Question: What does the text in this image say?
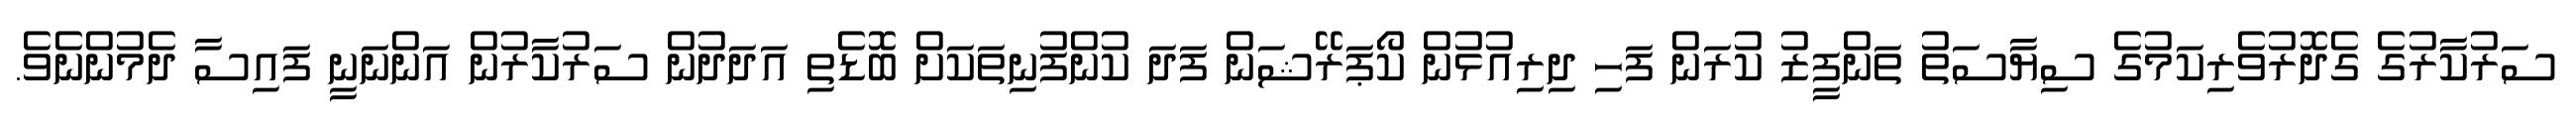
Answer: ސަރުކާރުގެ ގެދޮރުވެރިކަމުގެ ސިޔާސަތު ތަންފީޒު ކުރަން ފަހި ދިރިއުޅުން ކޯޕަރޭޝަން ފަދަ ކުންފުނިތަކަށް ބޮޑެތި އަދަދުން ސަރުކާރުން އަންނަނީ ފައިސާ ދެމުންނެވެ.